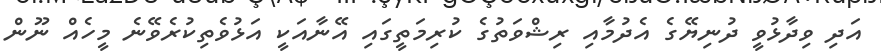
އަދި ވިދާޅުވީ ދުނިޔޭގެ އެދުމާއި ރިޝްވަތުގެ ކުރިމަތީގައި އޭނާއަކީ އަޅުވެތިކުރެވޭނެ މީހެއް ނޫން